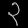
Digit: ၃